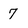
Character: 7